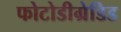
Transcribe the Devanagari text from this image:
फोटोडीग्रेडिड